Vital statistics of India. Vol. V, Reports of 1876 on armies & jails and on epidemic cholera
Year: 1876
Disease focus: Cholera
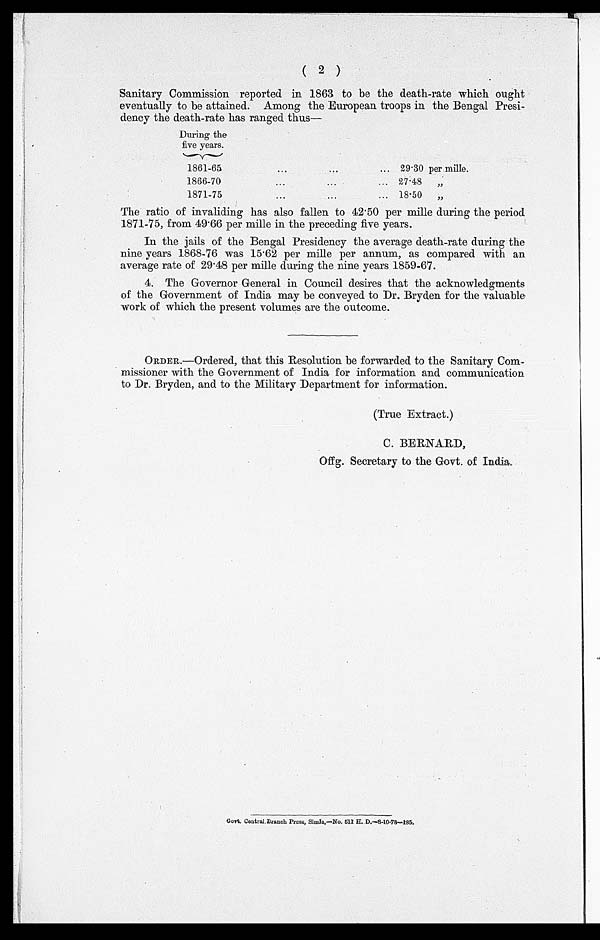
( 2 )
Sanitary Commission reported in 1863 to be the death-rate which ought
eventually to be attained. Among the European troops in the Bengal Presi-
dency the death-rate has ranged thus—
During the
five years.
1861-65 . . .
29.30 permille.
1866-70 . . .
27.48 "
1871-75 . . . 18.50 "
The ratio of invaliding has also fallen to 42.50 per mille during the period
1871-75, from 49.66 per mile in the preceding five years.
In the jails of the Bengal Presidency the average death-rate during the
nine years 1868-76 was 15.62 per mile per annum, as compared with an
average rate of 29.48 per mile during the nine years 1859-67.
4. The Governor General in Council desires that the acknowledgments
of the Government of India may be conveyed to Dr.Bryden for the valuable
work of which the present volumes are the outcome.
ORDER.—Ordered, that this Resolution be forwarded to the Sanitary Com--
missioner with the Government of India for information and communication
to Dr. Bryden, and to the Military Department for information.
(True Extract.)
C. BERNARD,
Offg. Secretary to the Govt. of India.
Govt Central. Branch Press, Simla,—No, 511 H. D.—8-10-78—185.